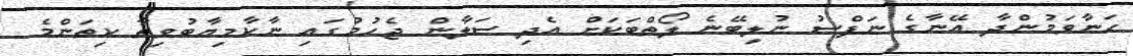
ހަނާވަމުންދާ އޭނާގެ ނަފްސު ނުލިބޭނެ ލޯތްބަކަށް އެދި ސަލާން ޖެހުމުގައި ނާކާމިޔާބުވިތާ ކިތަންމެ